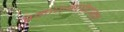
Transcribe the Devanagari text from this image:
प्रमाणभाषेपासून